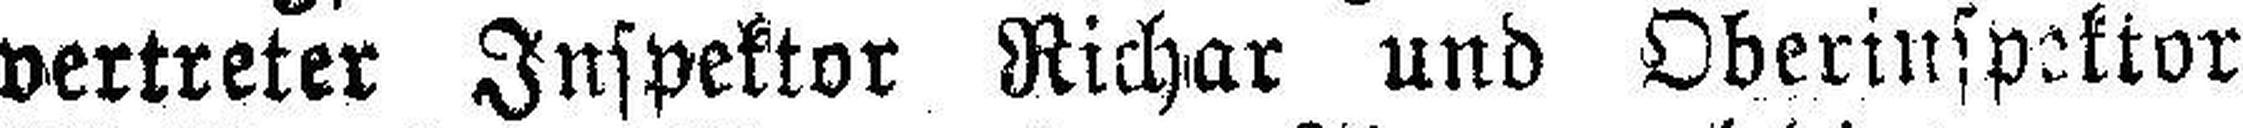
vertreter Inspektor Richar und Oberinspektor